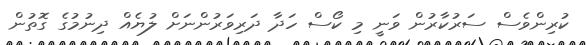
ކުރިންވެސް ސަރުކާރުން ވަނީ މި ކޯސް ހަދާ ދަރިވަރުންނަށް ލުޔެއް ދިނުމުގެ ގޮތުން